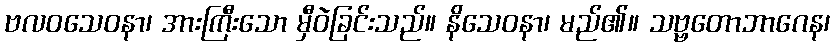
ဗလဝသေဝနာ၊ အားကြီးသော မှီဝဲခြင်းသည်။ နိသေဝနာ၊ မည်၏။ သဗ္ဗတောဘာဂေန၊